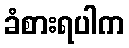
ခံစားရပါက